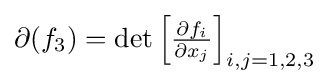
{\textstyle \partial (f_{3})=\det \left[{\tfrac {\partial f_{i}}{\partial x_{j}}}\right]_{i,j=1,2,3}}